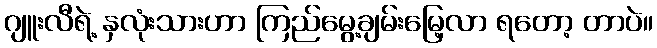
ဂျူးလီရဲ့ နှလုံးသားဟာ ကြည်မွေ့ချမ်းမြေ့လာ ရတော့ တာပဲ။